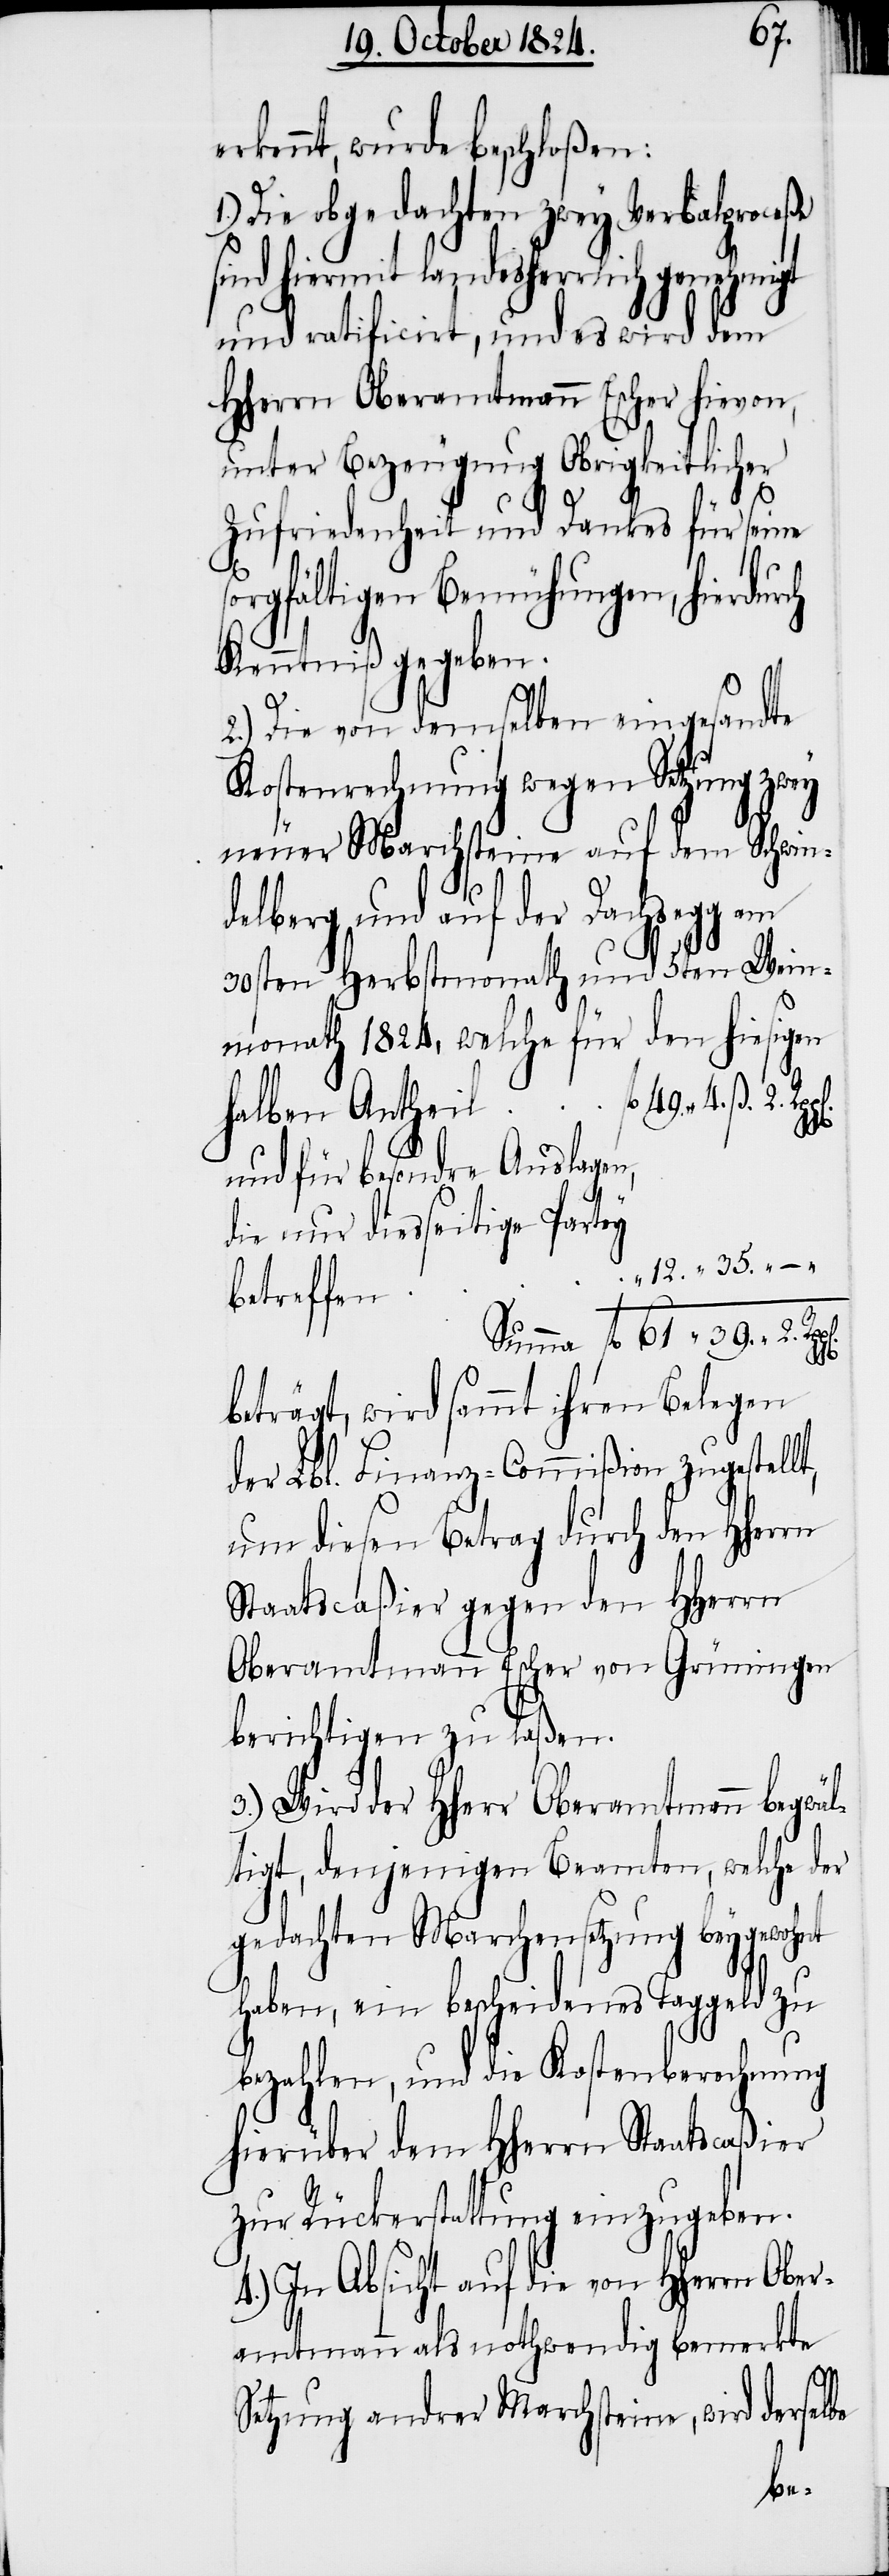
erkennt, wurde beschloßen:
1.) Die obgedachten zwey Verbalproceße
ind hiermit landesherrlich genehmigt
und ratificirt, und es wird dem
HHerrn Oberamtmann Escher hievon,
unter Bezeugung Obrigkeitlicher
rn
Zufriedenheit und Dankes für seine
sorgfältigen Bemühungen, hierdur¬
Kenntniß gegeben.
2.) Die von demselben eingesandte
Kostenrechnung wegen Setzung zwey
neuer Marchsteine auf dem Schwin¬
delberg und auf der Dachsegg am
30sten Herbstmonath und 5ten Wein¬
halben Antheil
und für besondre Auslagen,
diesseitige Partey
12.	35.
betreffen
Summa	fl 61.	39. “	2.
beträgt, wird sammt ihren Belegen
der Lbl. Finanz-Commißion zugestell¬
um diesen Betrag durch den HHer¬
Staatscaßier gegen den HHerrn
Oberamtmann Escher von Grüningen
berichtigen zu laßen.
3.) Wird der HHerr Oberamtmann begwä¬
ltigt, denjenigen Beamten, welche der
gedachten Marchensetzung beygewohnt
haben, ein bescheidenes Taggeld zu
bezahlen, und die Kostenberechnung
hierüber dem HHerrn Staatscaßier
zur Rückerstattung einzugeben.
In Absicht auf die von HHerrn
amtmann als nothwendig bemerkte
Ober¬
Setzung andrer Marchsteine, wird derselbe

t,